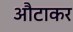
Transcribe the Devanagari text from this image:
औटाकर